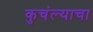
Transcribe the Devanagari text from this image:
कुचंल्याचा